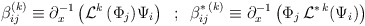
\begin{align*}\beta_{ij}^{(k)}\equiv \partial_x^{-1} \left( {\cal L}^{k} \,( \Phi_j) \Psi_i \right) \;\; ; \;\;\beta_{ij}^{*\,(k)}\equiv \partial_x^{-1} \left( \Phi_j \, {\cal L}^{*\,k} (\Psi_i) \right)\end{align*}